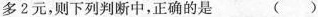
多2元，则下列判断中，正确的是( )